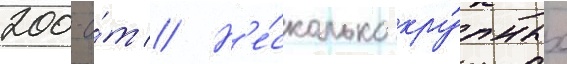
200-о́т // Н'е́сколько кру́пных